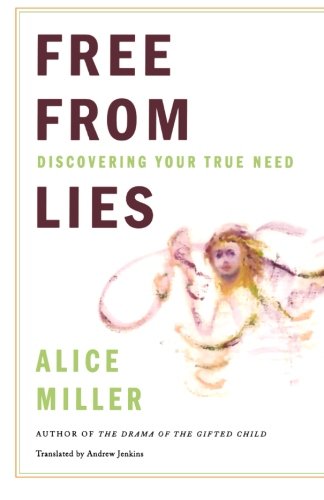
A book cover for Free from Lies: Discovering Your True Needs; Alice Miller; Self-Help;